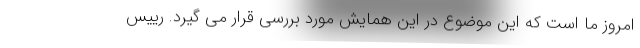
امروز ما است که این موضوع در این همایش مورد بررسی قرار می گیرد. رییس